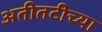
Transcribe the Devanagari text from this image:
अतीतटीच्या